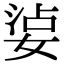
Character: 𡝫